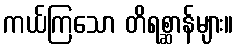
ကယ်ကြသော တိရစ္ဆာန်များ။